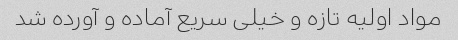
مواد اولیه تازه و خیلی سریع آماده و آورده شد